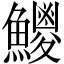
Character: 𩼕